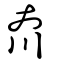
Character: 夼